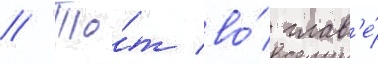
// То́т во́ глав'е́